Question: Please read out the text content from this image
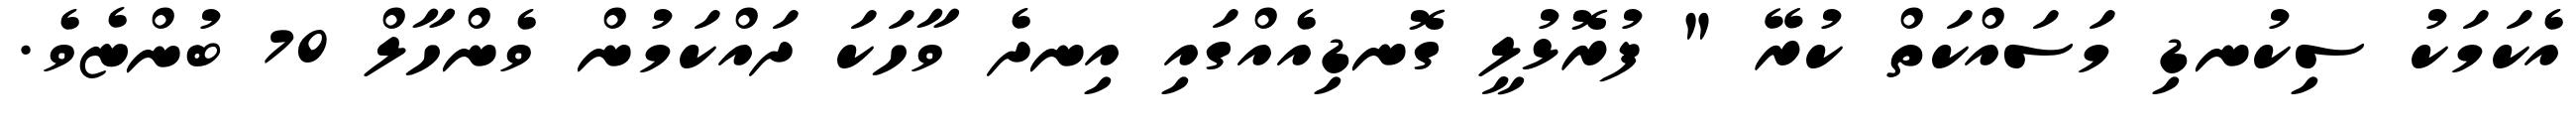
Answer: އެކަމަކު ސިކުނޑި މަސައްކަތް ކުރޭ " ފުރޮޅުލީ ގޮނޑިއެއްގައި އިނދެ ވާހަކަ ދައްކަމުން ވެންހާލް 70 ބުންޏެވެ.